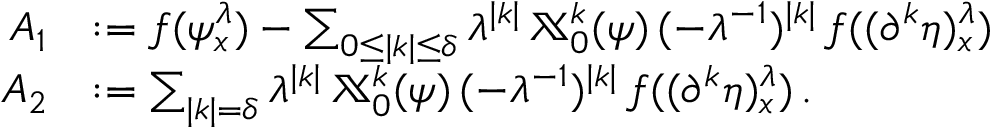
\begin{array} { r l } { A _ { 1 } } & { : = f ( \psi _ { x } ^ { \lambda } ) - \sum _ { 0 \le | k | \leq \delta } \lambda ^ { | k | } \, \mathbb { X } _ { 0 } ^ { k } ( \psi ) \, ( - \lambda ^ { - 1 } ) ^ { | k | } \, f ( ( \partial ^ { k } \eta ) _ { x } ^ { \lambda } ) } \\ { A _ { 2 } } & { : = \sum _ { | k | = \delta } \lambda ^ { | k | } \, \mathbb { X } _ { 0 } ^ { k } ( \psi ) \, ( - \lambda ^ { - 1 } ) ^ { | k | } \, f ( ( \partial ^ { k } \eta ) _ { x } ^ { \lambda } ) \, . } \end{array}